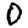
Digit: 0